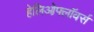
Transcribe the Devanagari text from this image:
हेलिओफ्लॉवर्स